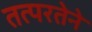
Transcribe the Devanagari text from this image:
तत्‍परतेने